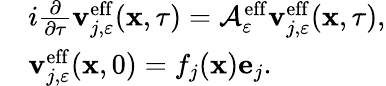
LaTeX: \begin{array}{rl}&{i\frac{\partial}{\partial\tau}\mathbf{v}_{j,\varepsilon}^{\mathrm{eff}}(\mathbf{x},\tau)=\mathcal{A}_{\varepsilon}^{\mathrm{eff}}\mathbf{v}_{j,\varepsilon}^{\mathrm{eff}}(\mathbf{x},\tau),}\\ &{\mathbf{v}_{j,\varepsilon}^{\mathrm{eff}}(\mathbf{x},0)=f_{j}(\mathbf{x})\mathbf{e}_{j}.}\end{array}